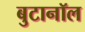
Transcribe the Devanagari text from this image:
बुटानॉल